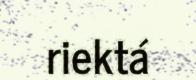
riektá